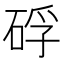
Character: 𥒫